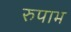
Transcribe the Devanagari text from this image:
रुपाभ